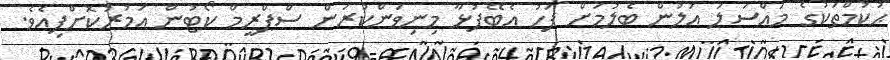
ޙުކުމްތަކުގެ މައްސަލަ އަލުން ބެލުމަށް ފަހު އެބޭފުޅާ މިނިވަންކުރަން ސްޕްރީމް ކޯޓުން އަމުރުކޮށްފިއެވެ.